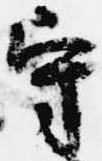
守